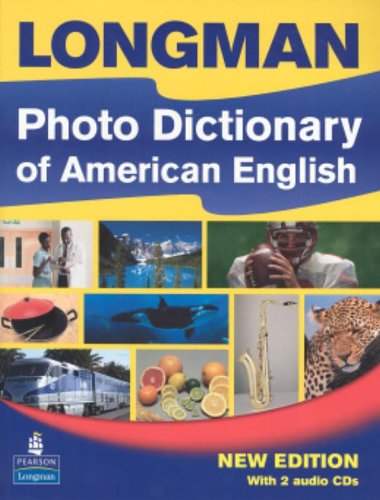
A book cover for Longman Photo Dictionary of American English, New Edition (Monolingual Student Book with 2 Audio CDs); Reference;